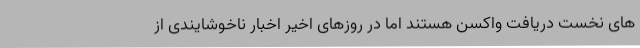
های نخست دریافت واکسن هستند اما در روزهای اخیر اخبار ناخوشایندی از